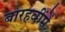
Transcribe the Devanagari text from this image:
बारहवींमें